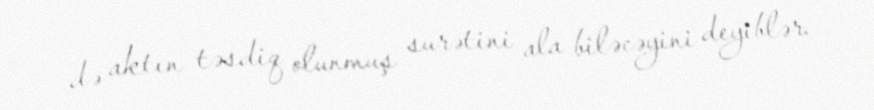
də aktın təsdiq olunmuş surətini ala biləcəyini deyiblər.